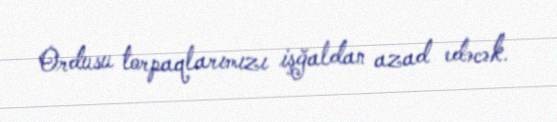
Ordusu torpaqlarımızı işğaldan azad edəcək.